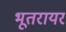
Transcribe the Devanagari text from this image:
भूतरायर